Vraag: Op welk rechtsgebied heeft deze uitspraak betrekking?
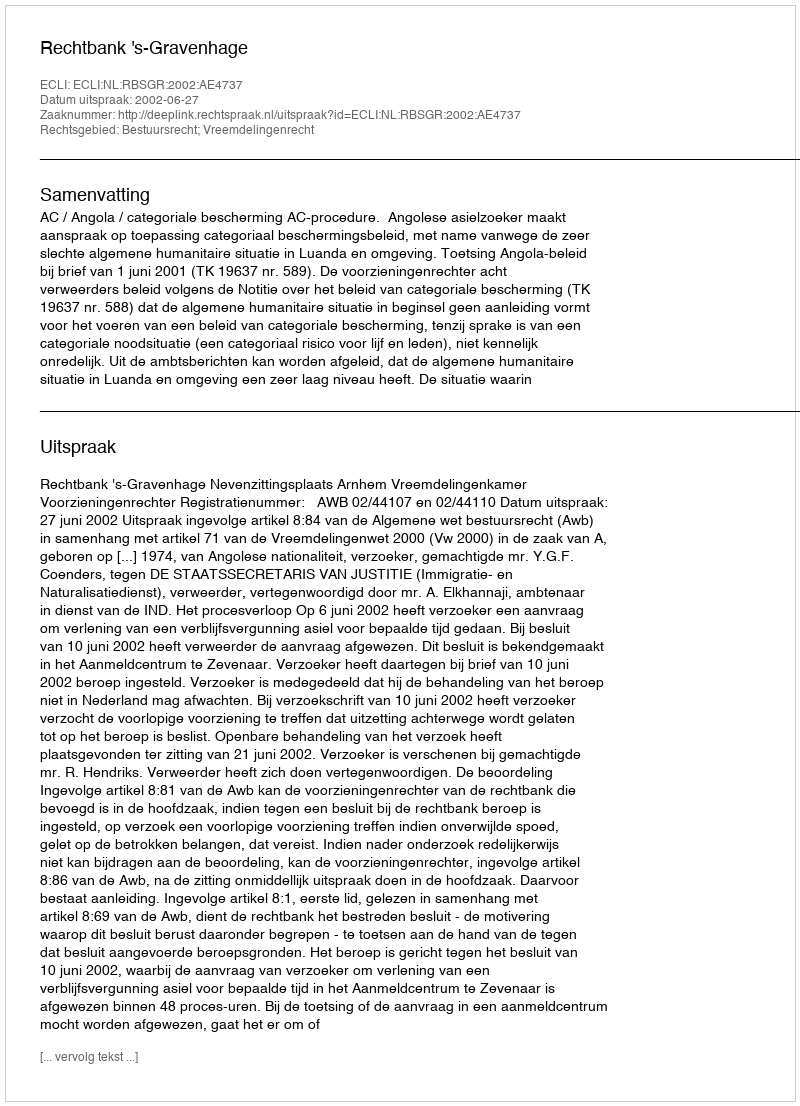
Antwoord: Bestuursrecht; Vreemdelingenrecht